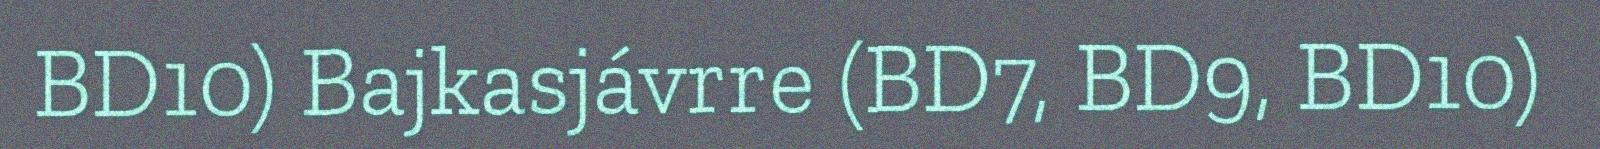
BD10) Bajkasjávrre (BD7, BD9, BD10)